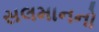
સલમાનનો